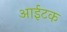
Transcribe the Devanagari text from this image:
आईटक